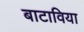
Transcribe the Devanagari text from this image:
बाटाविया